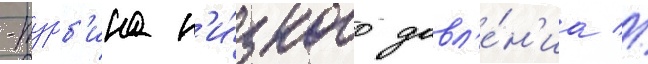
-турб'ина н'и́зкого давл'е́н'иа //